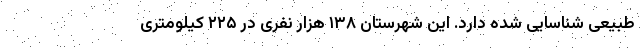
طبیعی شناسایی شده دارد. این شهرستان ۱۳۸ هزار نفری در ۲۲۵ کیلومتری